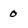
Character: 0